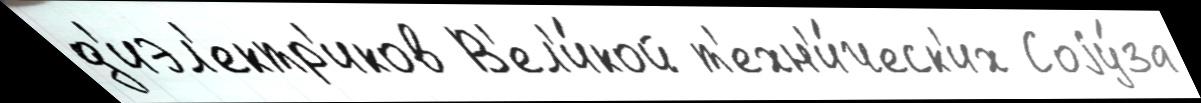
д'иэл'ектр'иков В'ел'и́кой т'ехн'и́ческ'их Соjу́за